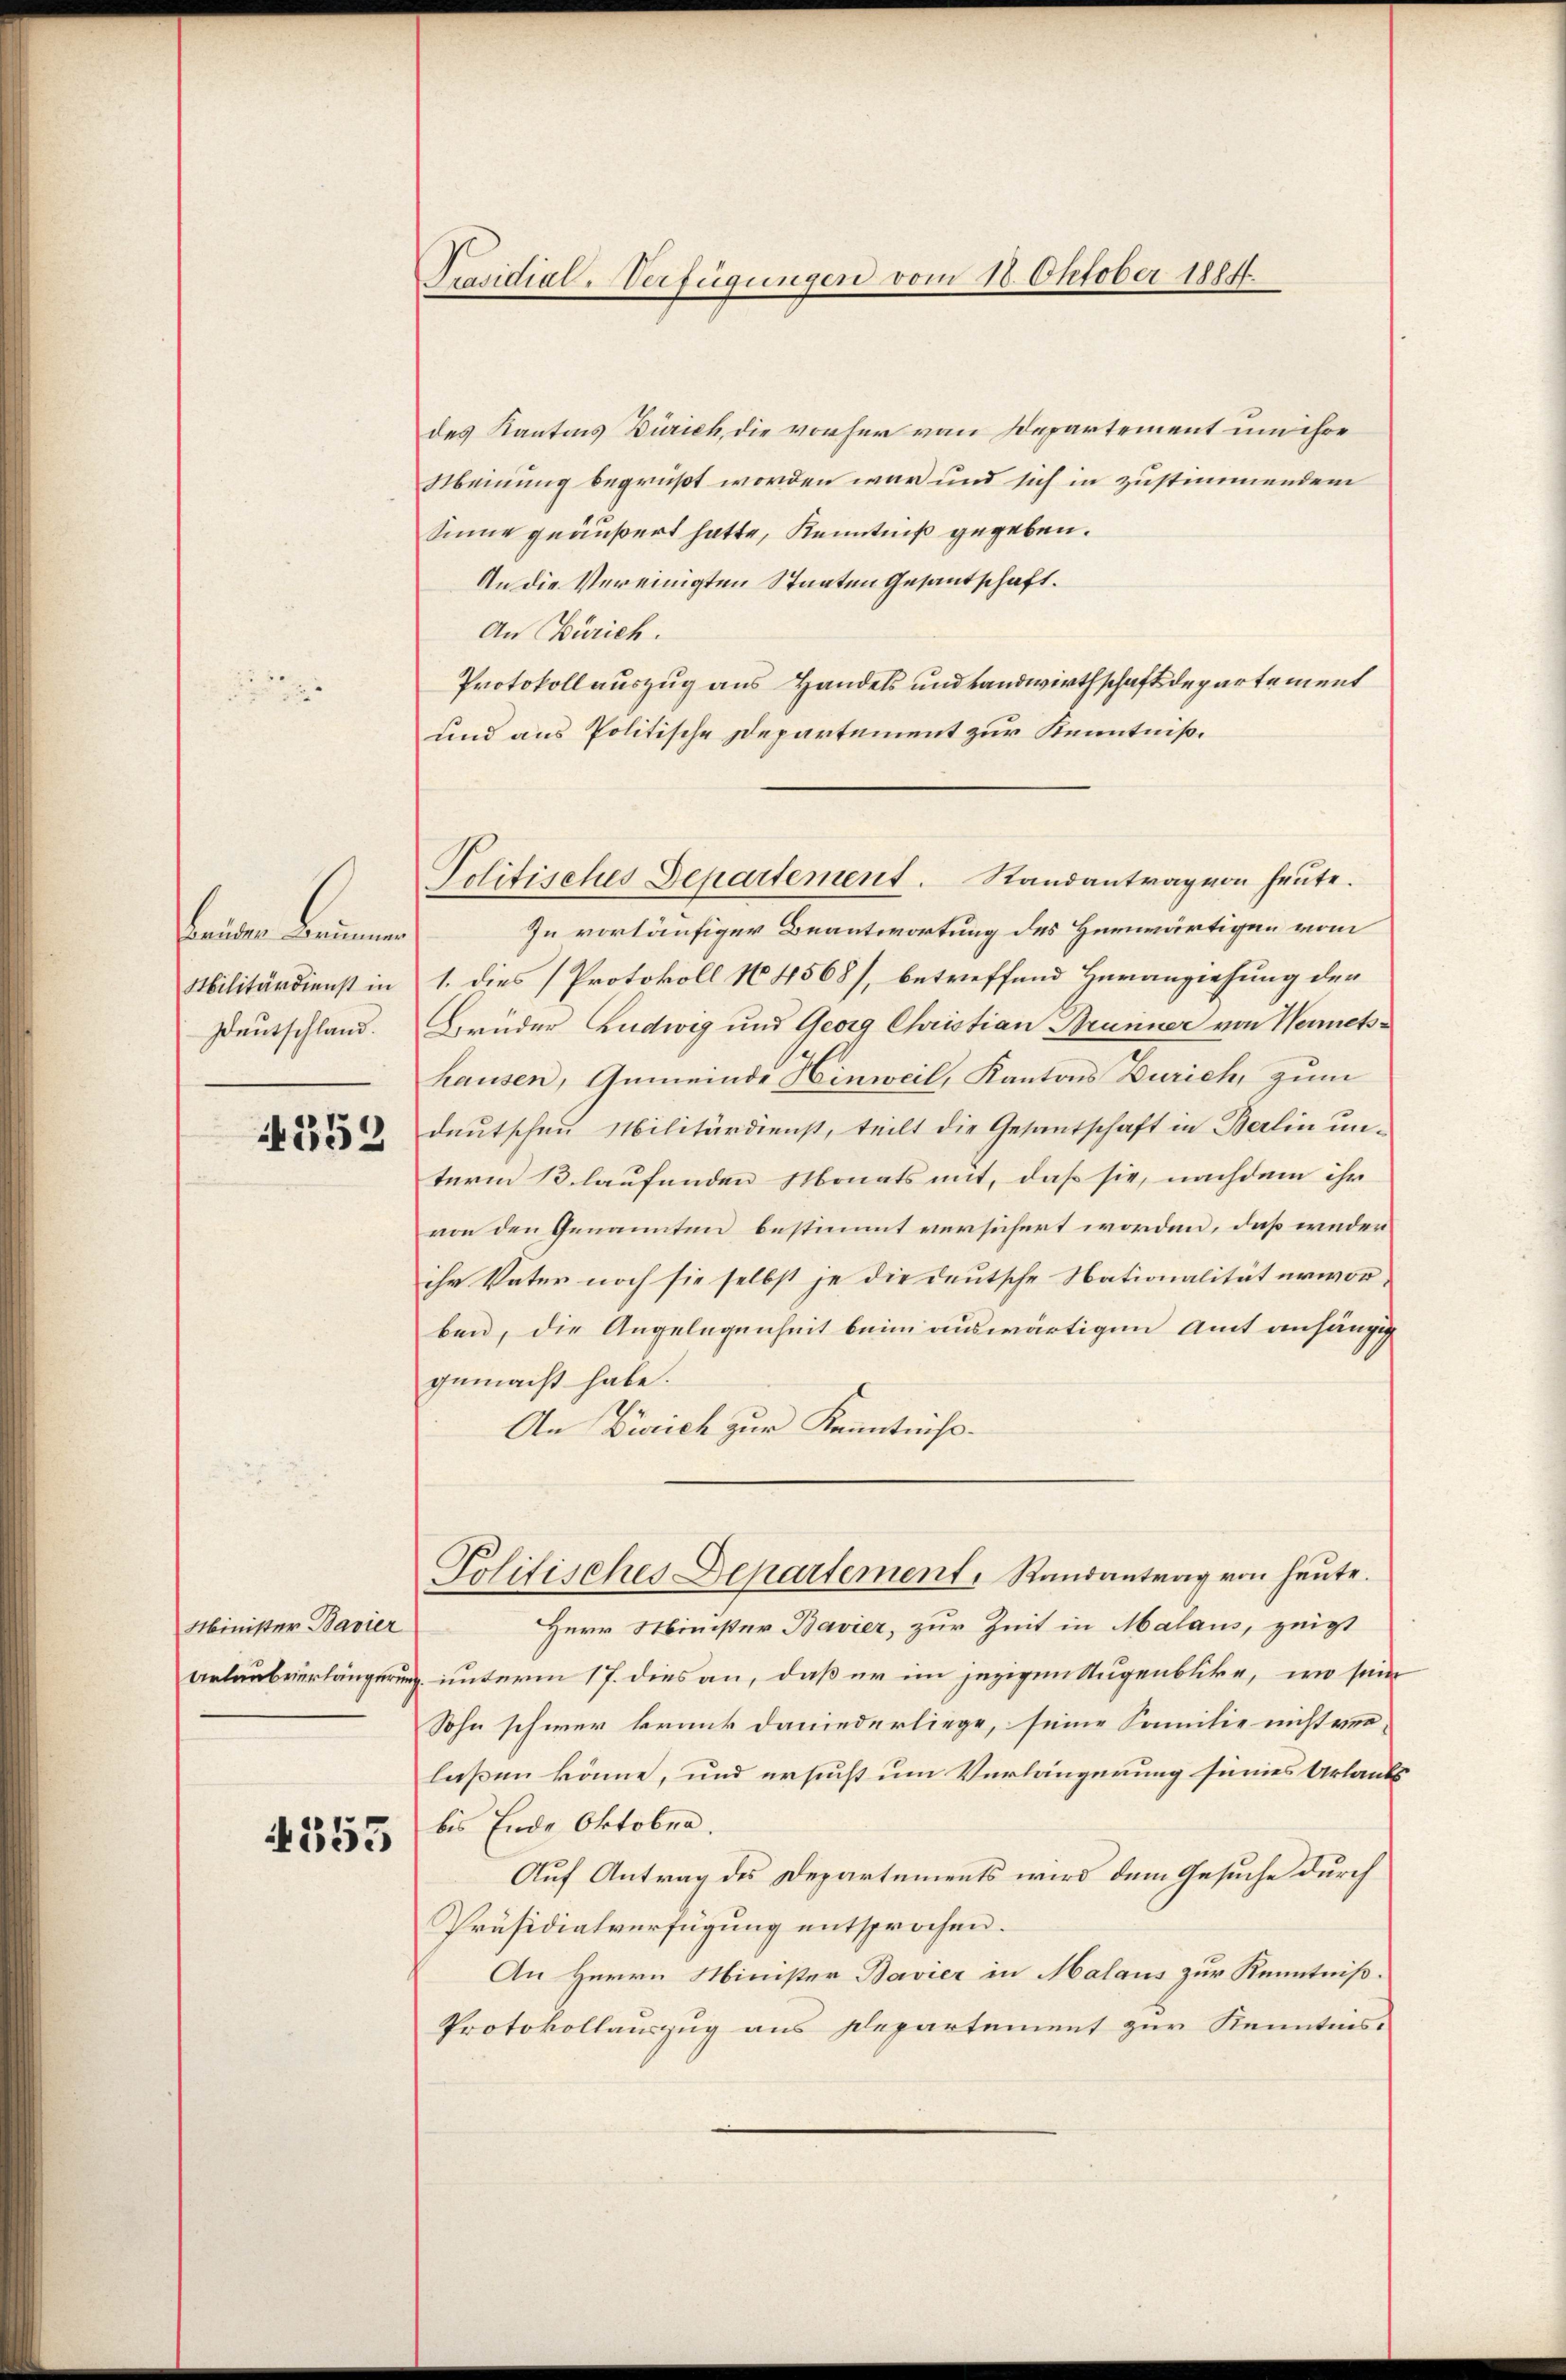
Brüder Brunner
Militärdienst in
Deutschland.
352

Minister Bavier
Urlaubeierlängerun

353

Präsidial-Verfügungen vom 18. Oktober 1884.

Politisches Departement. Randantrag von heute.

des Kantons Zürich, die vorher von Departement um ihre
Meinung begrüßt worden war und sich in zustimmendem
Sinne geäußert hatte, Kenntniß gegeben.
An die Vereinigten Staaten Gesantschaft.
An Zürich.
Protokollauszug aus Handels und Landwirthschaftsdepartement
und aus Politische Departement zur Kenntniß¬
In vorläufiger Beantwortung des Herwärtigen vom
1. dies Protokoll No 4568/, betreffend Heranziehung den
Brüder Ludwig und Georg Christian Brunner von Wernets-
hausen, Gemeinde Hinweil, Kantons Zürich, zum
deutschen Militärdienst, teilt die Gesantschaft in Berlin un-
term 13. laufenden Monats mit, daß sie, nachdem ihr
von den Genannten bestimmt versichert worden, daß weder
ihr Vater noch sie selbst je die deutsche Nationalität erworben, die Angelegenheit beim auswärtigen Amt anhängig
gemacht habe.
An Zürich zur Kenntniß-
Politisches Departement. Randantrag von heute.
Herr Minister Bavier, zur Zeit in Malaus, zeigt
unterm 17. dies an, daß er im jezigen Augenblicke, wo sein
Sohn schwer krank daniederliege, seine Familie nicht ver-
laßen könne, und ersucht um Verlängerung seines Urlaut
bis Ende Oktober.
Auf Antrag des Departements wird dem Gesuche durch
Präsidialverfügung entsprochen.
An Herrn Minister Bavier in Malaus zur Kenntniß.
Protokollauszug aus Plepartement zur Kenntnis.